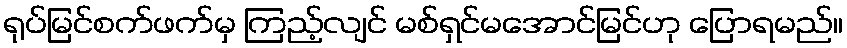
ရုပ်မြင်စက်ဖက်မှ ကြည့်လျင် မစ်ရှင်မအောင်မြင်ဟု ပြောရမည်။